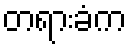
တရားခံက